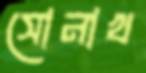
সোনাখ